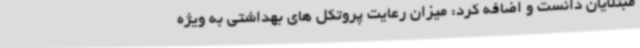
مبتلایان دانست و اضافه کرد: میزان رعایت پروتکل های بهداشتی به ویژه